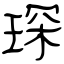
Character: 琛